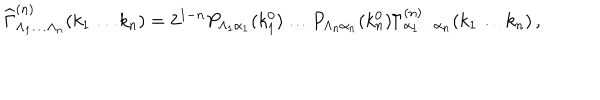
{ \widehat \Gamma } _ { \Lambda _ { 1 } \dots \Lambda _ { n } } ^ { ( n ) } ( k _ { 1 } \dots k _ { n } ) = 2 ^ { 1 - n } P _ { \Lambda _ { 1 } \alpha _ { 1 } } ( k _ { 1 } ^ { 0 } ) \dots P _ { \Lambda _ { n } \alpha _ { n } } ( k _ { n } ^ { 0 } ) \Gamma _ { \alpha _ { 1 } \dots \alpha _ { n } } ^ { ( n ) } ( k _ { 1 } \dots k _ { n } ) \, ,